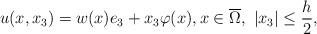
LaTeX: \begin{align*} u(x,x_3)=w(x)e_3 + x_3 \varphi (x), x\in \overline{\Omega}, \ |x_3| \leq \frac{h}{2},\end{align*}